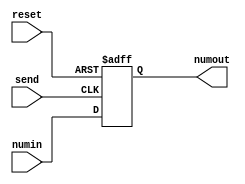
module sender (numin, send, reset, numout);
input send, reset;
input [5:0] numin;
output reg [5:0] numout;

always @(posedge reset, posedge send)
begin

if (reset)
numout<=6'b0;

else if (send)
numout<=numin;

end

endmodule